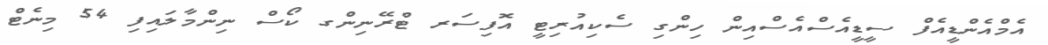
އެމްއެންޑީއެފް ސީޑީއެސްއެސްއިން ހިންގި ސެކިއުރިޓީ އޮފިސަރ ޓްރޭނިންގ ކޯސް ނިންމާލައިފި 54 މިނެޓް